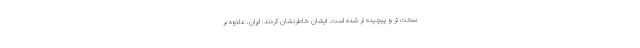
سخت تر و پیچیده تر شده است. ایشان خاطرنشان کردند: ایران، علاوه بر